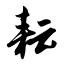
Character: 耘